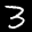
Label: 3